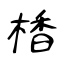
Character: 楿